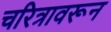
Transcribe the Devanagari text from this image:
चरित्रावरून